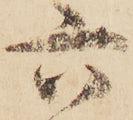
六